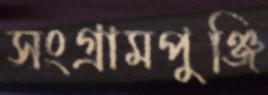
সংগ্রামপুঞ্জি